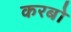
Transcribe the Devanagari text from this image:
करबो